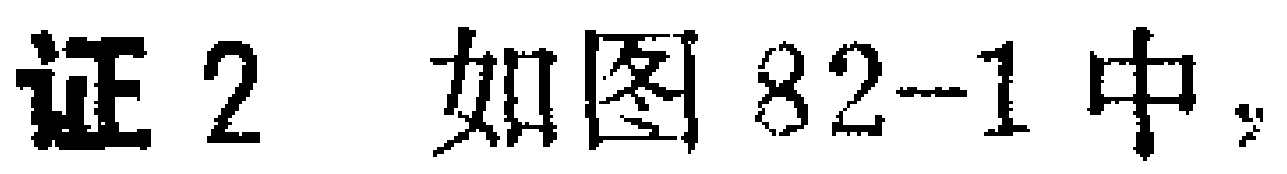
证2 如图82-1中，